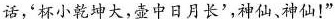
话，杯小乾坤大，壶中日月长’,神仙、神仙!”